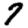
Digit: 7